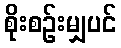
စိုးစဉ်းမျှပင်